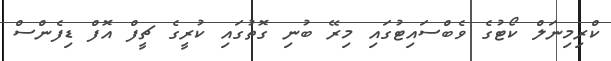
ކްރިމިނަލް ކޯޓުގެ ވެބްސައިޓުގައި މިރޭ ބުނި ގޮތުގައި ކުރީގެ ޗީފް އޮފް ޑިފެންސް